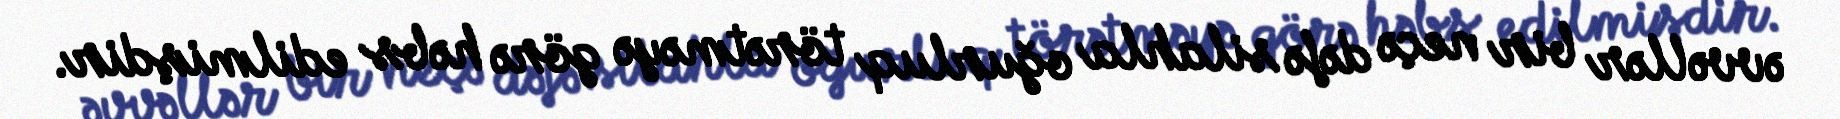
əvvəllər bir neçə dəfə silahla oğurluq törətməyə görə həbs edilmişdir.